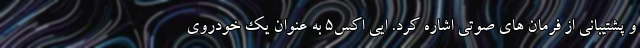
و پشتیبانی از فرمان های صوتی اشاره کرد. ایی اکس5 به عنوان یک خودروی